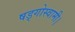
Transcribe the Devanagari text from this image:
षड्गोस्वामी।